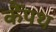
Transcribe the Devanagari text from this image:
कैंपथ